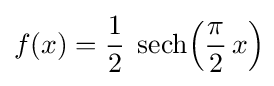
f(x)={\frac {1}{2}}\;\operatorname {sech} \!\left({\frac {\pi }{2}}\,x\right)\!